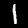
Label: 1